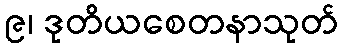
၉၊ ဒုတိယစေတနာသုတ်